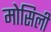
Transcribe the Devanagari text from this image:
मोसिली